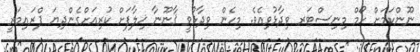
ނޫންކަމަށް ހޯމް މިނިސްޓަރ ވިދާޅުވިއެވެ. މިހެން ވިދާޅުވީ ޤާނޫނާ ޚިލާފަށް ކުރިއަށްގެންދިޔަ ޕްރައިމަރީ